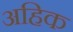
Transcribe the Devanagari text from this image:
अहिक